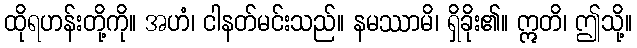
ထိုရဟန်းတို့ကို။ အဟံ၊ ငါနတ်မင်းသည်။ နမဿာမိ၊ ရှိခိုး၏။ ဣတိ၊ ဤသို့။